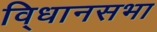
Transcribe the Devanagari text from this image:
वि्धानसभा